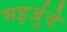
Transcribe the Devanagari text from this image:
भइर्जुवे